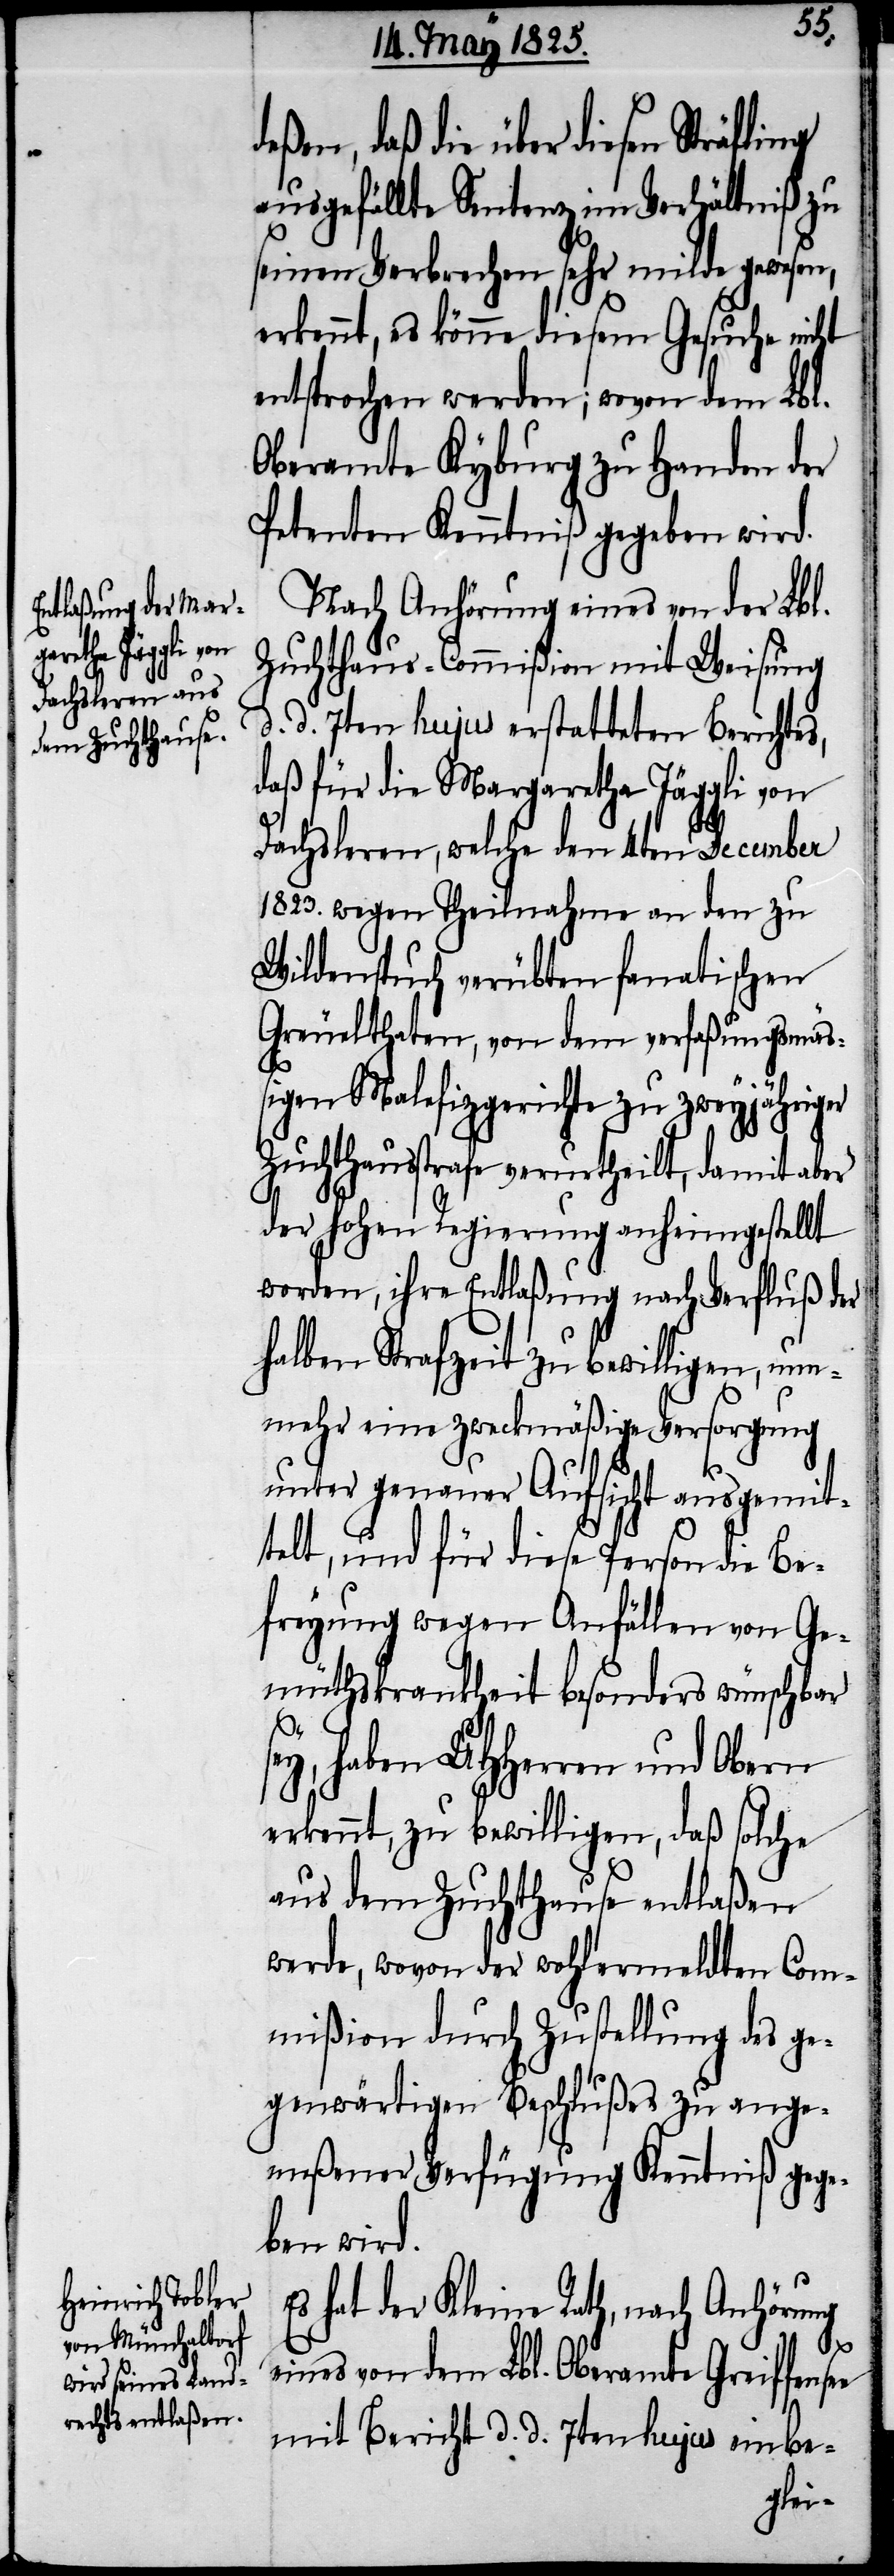
deßen, daß die über diesen Sträfling
ausgefällte Sentenz im Verhältniß zu
seinen Verbrechen sehr milde gewesen,
erkennt, es könne diesem Gesuche nicht
entsprochen werden; wovon dem Lbl.
Oberamte Kyburg zu Handen der
Petenten Kenntniß gegeben wird.
Nach Anhörung eines von der Lbl.
Zuchthaus-Commißion mit Weisung
d. d. 7ten hujus erstatteten Berichtes,
daß für die Margaretha Jäggli von
Dachsleren, welche den 4ten December
1823. wegen Theilnahme an den zu
Wildenspuch verübten fanatischen
Greuelthaten, von dem verfaßungsmäß¬
igen Malefizgerichte zu zweyjähriger
Zuchthausstrafe verurtheilt, damit aber
der hohen Regierung anheimgestellt
worden, ihre Entlaßung nach Verfluß der
halben Strafzeit zu bewilligen, nun¬
mehr eine zweckmäßige Versorgung
unter genauer Aufsicht ausgemit¬
telt, und für diese Person die Be¬
freyung wegen Anfällen von Ge¬
müthskrankheit besonders wünschbar
ey, haben UHHerren und Obern
erkennt, zu bewilligen, daß solche
aus dem Zuchthause entlaßen
werde, wovon der wohlermeldten Com¬
mißion durch Zustellung des ge¬
genwärtigen Beschlußes zu ange¬
meßener Verfügung Kenntniß gege¬
ben wird.
Es hat der Kleine Rath, nach Anhörung
e
eines von dem Lbl. Oberamte Greiffense¬
mit Bericht d. d. 7ten hujus einbe-